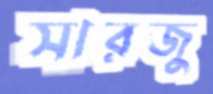
সারজু